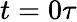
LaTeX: t=0\tau